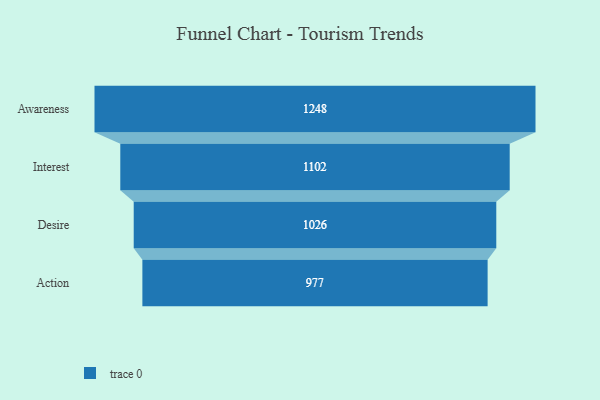
{"axis": {"x": "Stage", "y": "Value"}, "legend": [""], "data": [{"x": "Awareness", "y": 1248.0, "type": ""}, {"x": "Interest", "y": 1102.0, "type": ""}, {"x": "Desire", "y": 1026.0, "type": ""}, {"x": "Action", "y": 977.0, "type": ""}]}